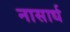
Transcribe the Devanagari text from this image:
नासार्ध